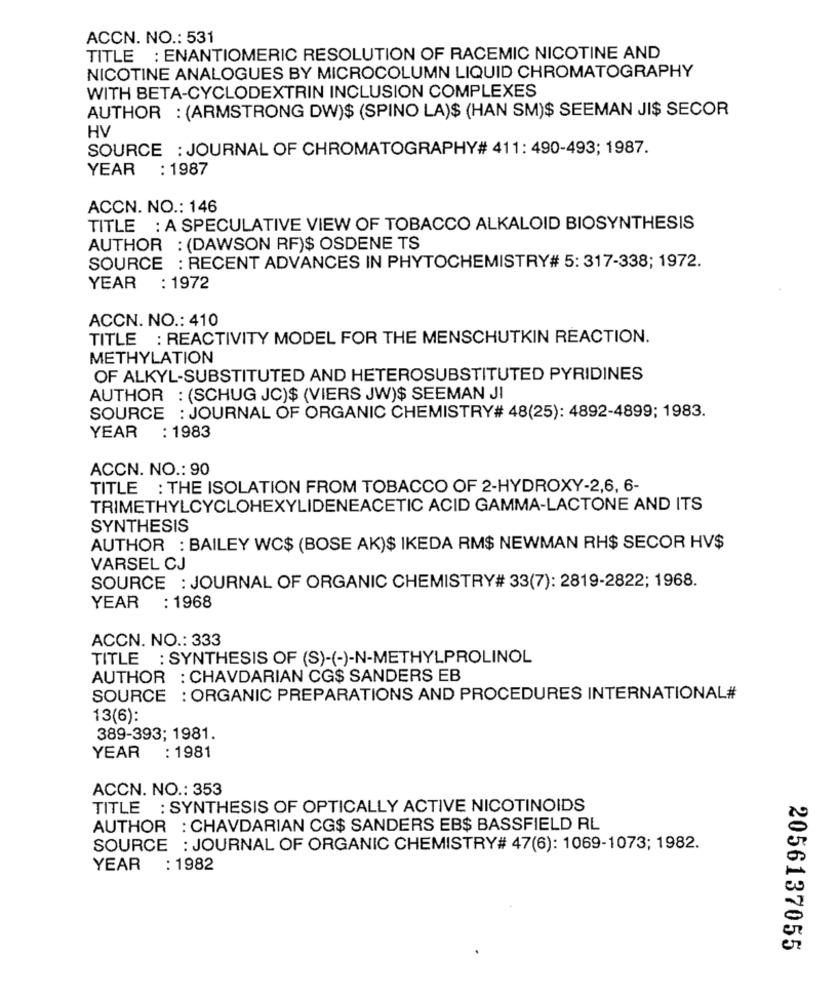
ACCN. NO .: 531
TITLE : ENANTIOMERIC RESOLUTION OF RACEMIC NICOTINE AND
NICOTINE ANALOGUES BY MICROCOLUMN LIQUID CHROMATOGRAPHY
WITH BETA-CYCLODEXTRIN INCLUSION COMPLEXES
AUTHOR : (ARMSTRONG DW)$ (SPINO LA)$ (HAN SM)$ SEEMAN JI$ SECOR
HV
SOURCE : JOURNAL OF CHROMATOGRAPHY# 411: 490-493; 1987.
YEAR : 1987
ACCN. NO .: 146
TITLE : A SPECULATIVE VIEW OF TOBACCO ALKALOID BIOSYNTHESIS
AUTHOR : (DAWSON RF)$ OSDENE TS
SOURCE : RECENT ADVANCES IN PHYTOCHEMISTRY# 5: 317-338; 1972.
YEAR
: 1972
ACCN. NO .: 410
TITLE : REACTIVITY MODEL FOR THE MENSCHUTKIN REACTION.
METHYLATION
OF ALKYL-SUBSTITUTED AND HETEROSUBSTITUTED PYRIDINES
AUTHOR : (SCHUG JC)$ (VIERS JW)$ SEEMAN JI
SOURCE : JOURNAL OF ORGANIC CHEMISTRY# 48(25): 4892-4899; 1983.
: 1983
YEAR
ACCN. NO .: 90
TITLE : THE ISOLATION FROM TOBACCO OF 2-HYDROXY-2,6, 6-
TRIMETHYLCYCLOHEXYLIDENEACETIC ACID GAMMA-LACTONE AND ITS
SYNTHESIS
AUTHOR : BAILEY WC$ (BOSE AK)$ IKEDA RM$ NEWMAN RH$ SECOR HV$
VARSEL CJ
SOURCE : JOURNAL OF ORGANIC CHEMISTRY# 33(7): 2819-2822; 1968.
YEAR : 1968
ACCN. NO .: 333
TITLE : SYNTHESIS OF (S)-(-)-N-METHYLPROLINOL
AUTHOR : CHAVDARIAN CG$ SANDERS EB
SOURCE : ORGANIC PREPARATIONS AND PROCEDURES INTERNATIONAL#
13(6):
389-393; 1981.
YEAR : 1981
ACCN. NO .: 353
TITLE : SYNTHESIS OF OPTICALLY ACTIVE NICOTINOIDS
AUTHOR : CHAVDARIAN CG$ SANDERS EB$ BASSFIELD RL
SOURCE : JOURNAL OF ORGANIC CHEMISTRY# 47(6): 1069-1073; 1982.
YEAR
: 1982
2056137055